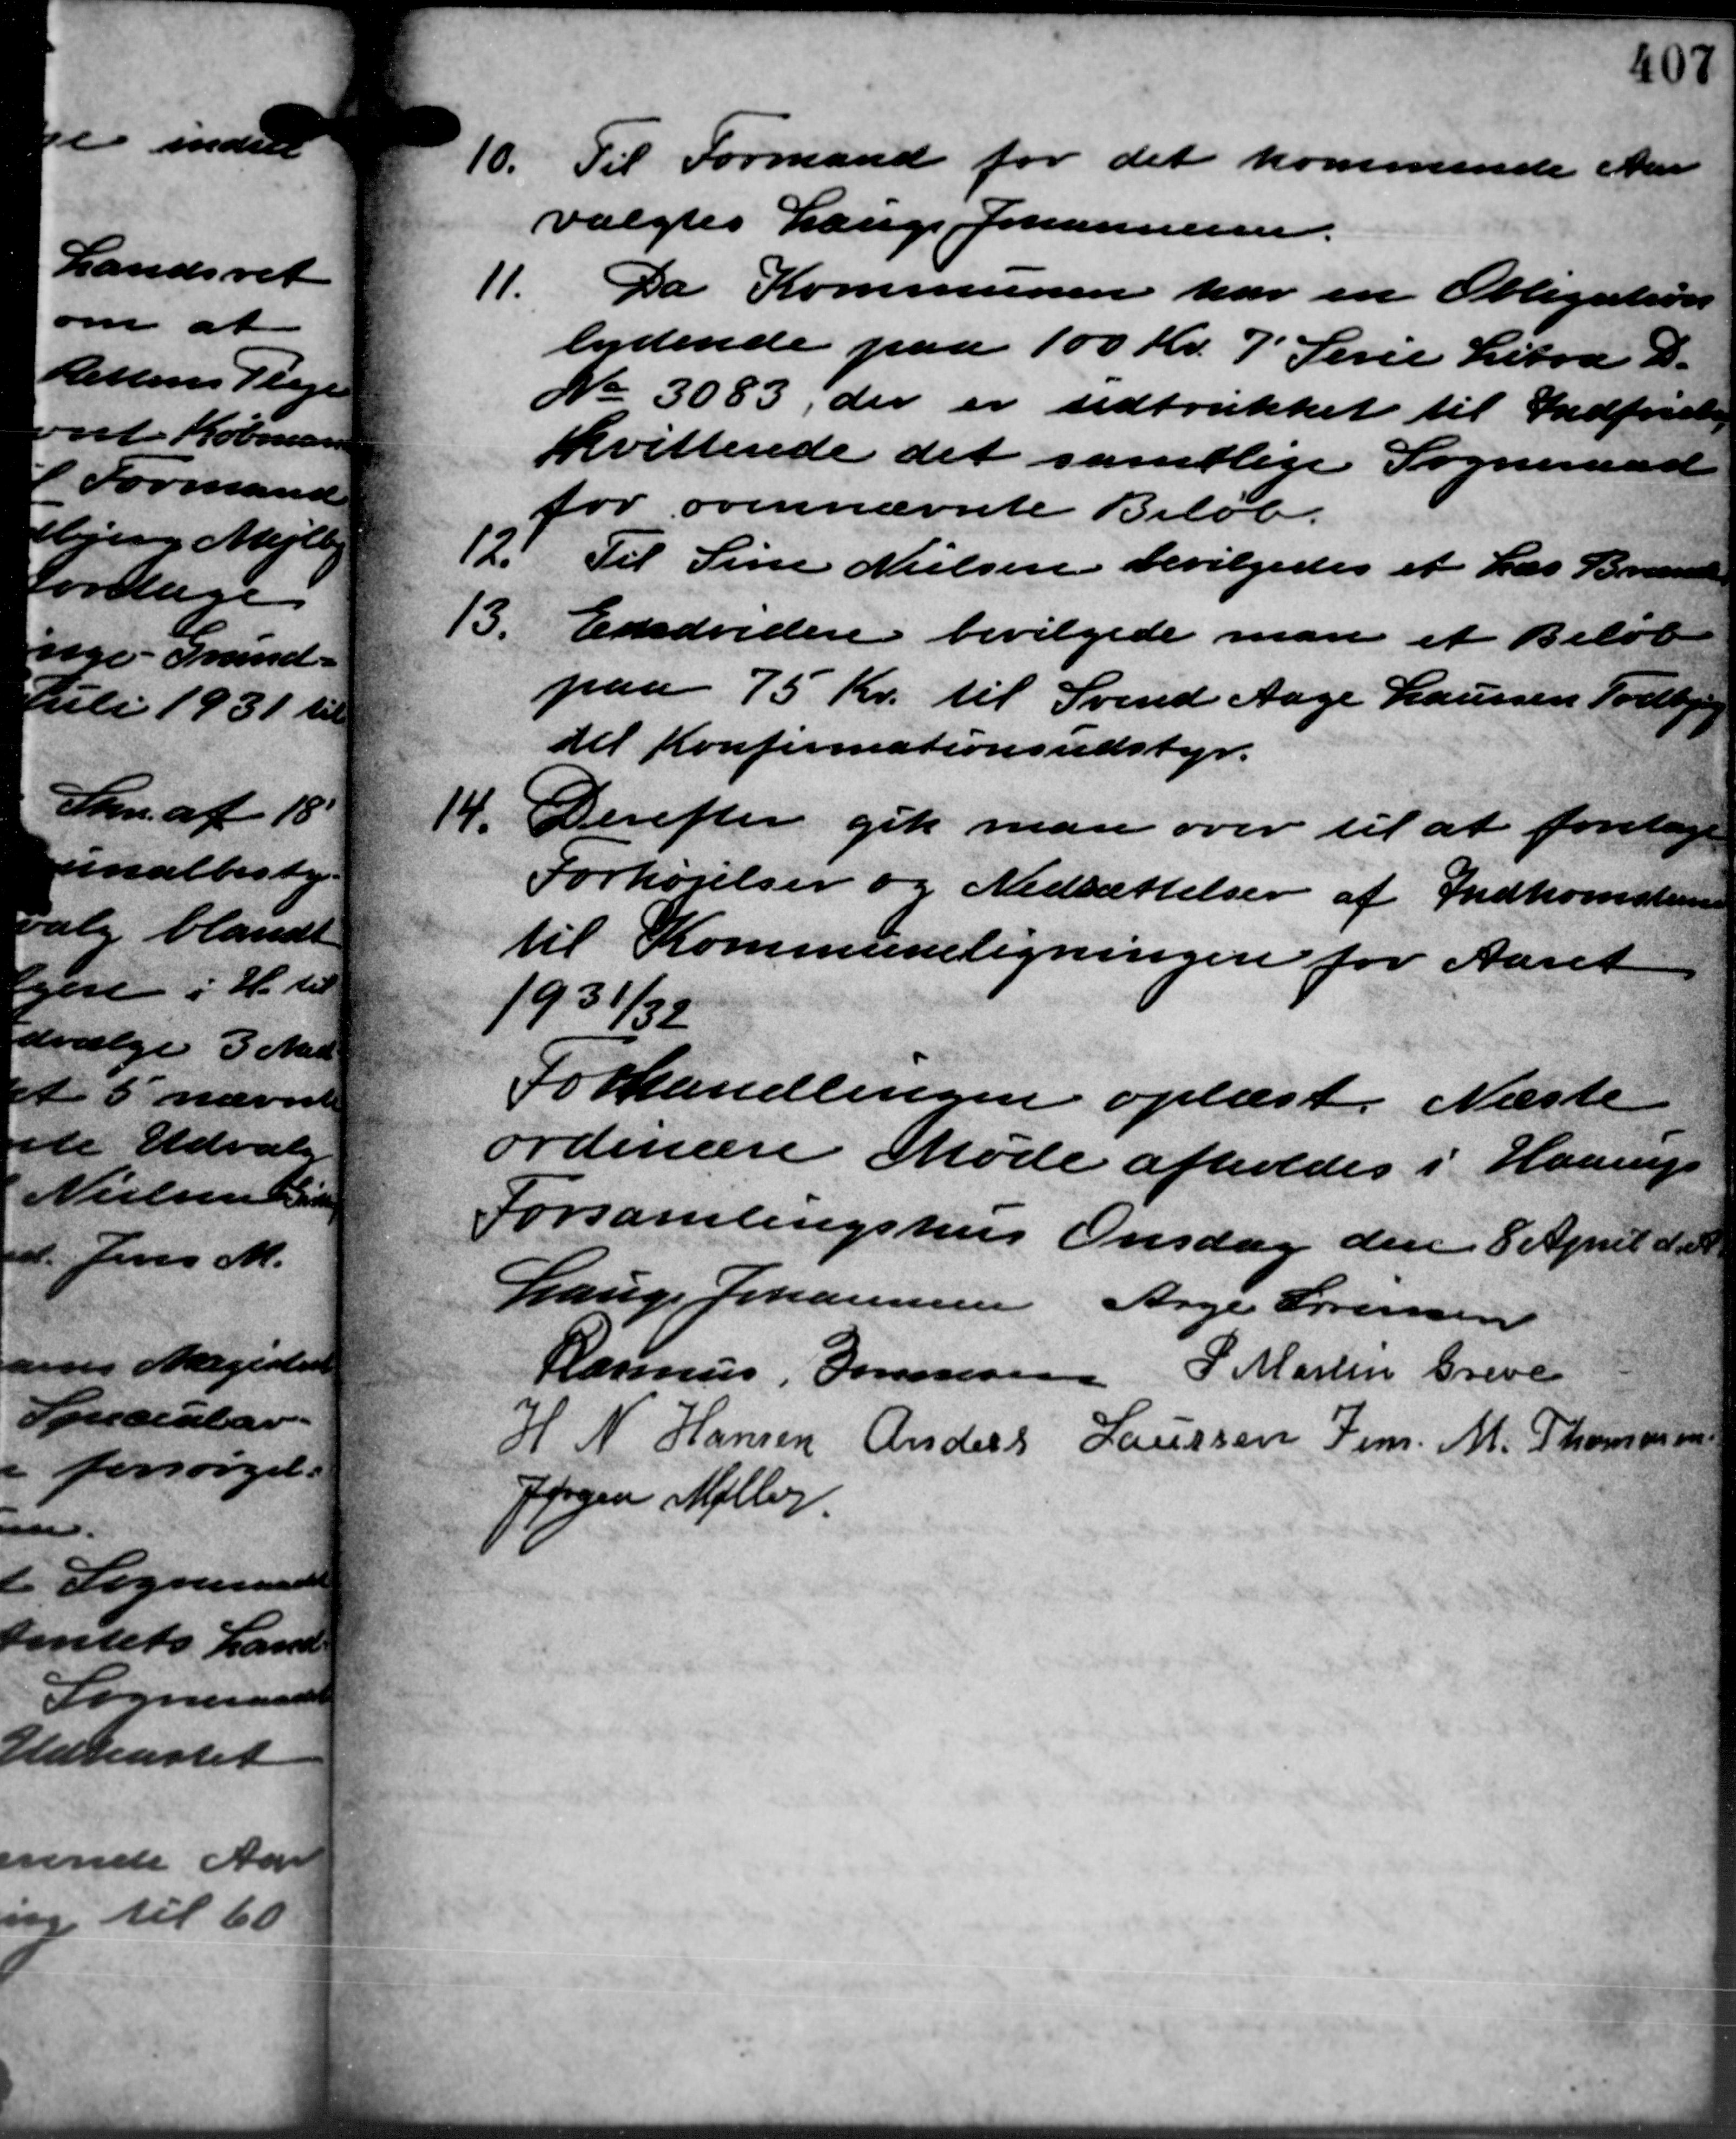
Transskription:
10. Til Formand for det kommende er
10. Til Formand for det kommende er
valgtes Lauge Johannesen.
11. Da Kommunen har en Obligations
11. Da Kommunen har en Obligations
lydende paa 100 Kr. 7 Serie Litra D.
No 3083, der er udtrukket til Indfriets
kvittende det samtlige Sogneraad
for ovennævnte Beløb.
12.
Til Sine Nielsen bevilgedes et Læs Brændse
13.
Endvidere bevilgede man et Beløb
paa 75 Kr. til Svend Aage Laursen Todbjerg
til Konfirmationsudstyr.
14. Derefter gik man over til at foretage
14. Derefter gik man over til at foretage
Forhøjelser og Nedsættelser af Indkomstens
til Kommuneligningen for Aaret
1931/32
Forhandlingen oplæst. Næste
ordinære Møde afholdes i Haarup
Forsamlingshus Onsdag den 8 April d. A
Lauge Johannesen Aage Sørensen
Rasmus Simonsen P. Martin Greve
H N Hansen Anders Laursen Jens M. Thomasen
Jørgen Møller